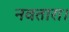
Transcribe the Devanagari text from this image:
नवतारा।